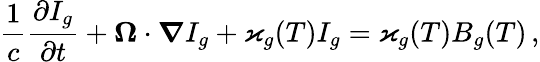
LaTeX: \frac{1}{c}\frac{\partial I_{g}}{\partial t}+\boldsymbol{\Omega}\cdot\boldsymbol{\nabla}I_{g}+\varkappa_{g}(T)I_{g}=\varkappa_{g}(T)B_{g}(T)\, ,